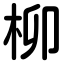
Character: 柳